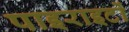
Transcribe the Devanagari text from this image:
पाइराइटों